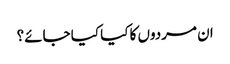
ان مردوں کا کیا کیا جائے؟